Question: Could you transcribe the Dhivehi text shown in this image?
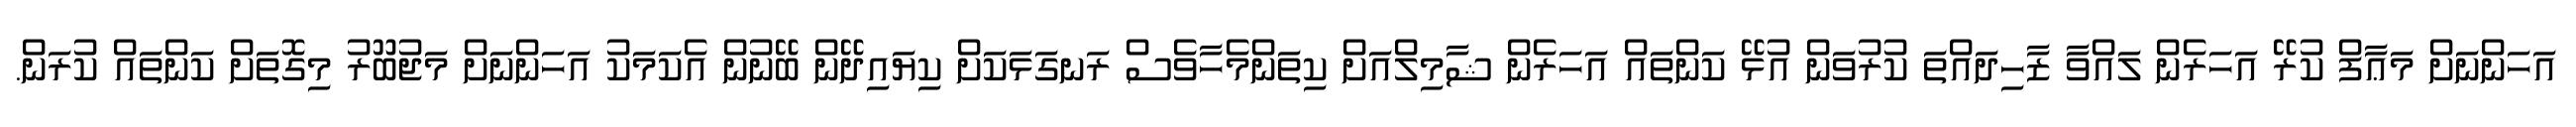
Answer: އަހަންނަށް މަޢާފް ކުރޭ އަހަރެން ލައްވާ ޒާހިދައްތަ ކުރުވަން އުޅޭ ކަންތައް އަހަރެން ޝާމިލްއަށް ކިތަންމެހާވެސް ރަނގަޅަކަށް ކިޔައިދޭން ބޭނުން އެކަމަކު އަހަންނަށް މަޖުބޫރު މިގޮތަށް ކަންތައް ކުރަން.